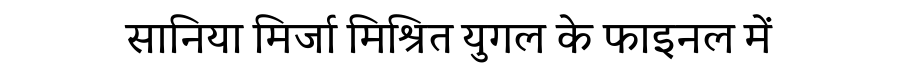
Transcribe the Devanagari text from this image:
सानिया मिर्जा मिश्रित युगल के फाइनल में